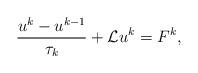
LaTeX: \begin{align*}\frac{ u^k-u^{k-1}}{\tau_k} +\mathcal{L}u^k = F^k,\end{align*}